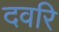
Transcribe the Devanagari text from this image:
दवरि